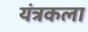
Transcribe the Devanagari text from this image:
यंत्रकला